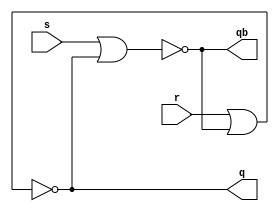
module sr_latch(s,r,q,qb);

input s,r;
output q,qb;

nor NOR2(qb,s,q);
nor NOR1(q,r,qb);

endmodule